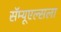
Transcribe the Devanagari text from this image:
सॅम्यूएल्सला